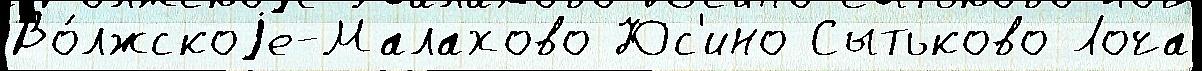
Во́лжскоjе-Малахово Юс'ино Сытьково Лоча